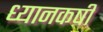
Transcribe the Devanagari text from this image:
ध्यानकर्षी